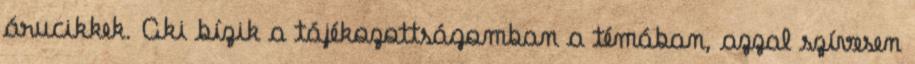
árucikkek. Aki bízik a tájékozottságomban a témában, azzal szívesen